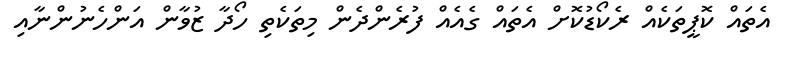
އެތައް ކޮޕީތަކެއް ރެކޯޑުކޮށް އެތައް ގެއެއް ފުރެންދެން މިތަކެތި ހޯދާ ޒުވާން އަންހެނުންނާއި